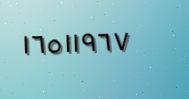
١٦٥١١٩٦٧